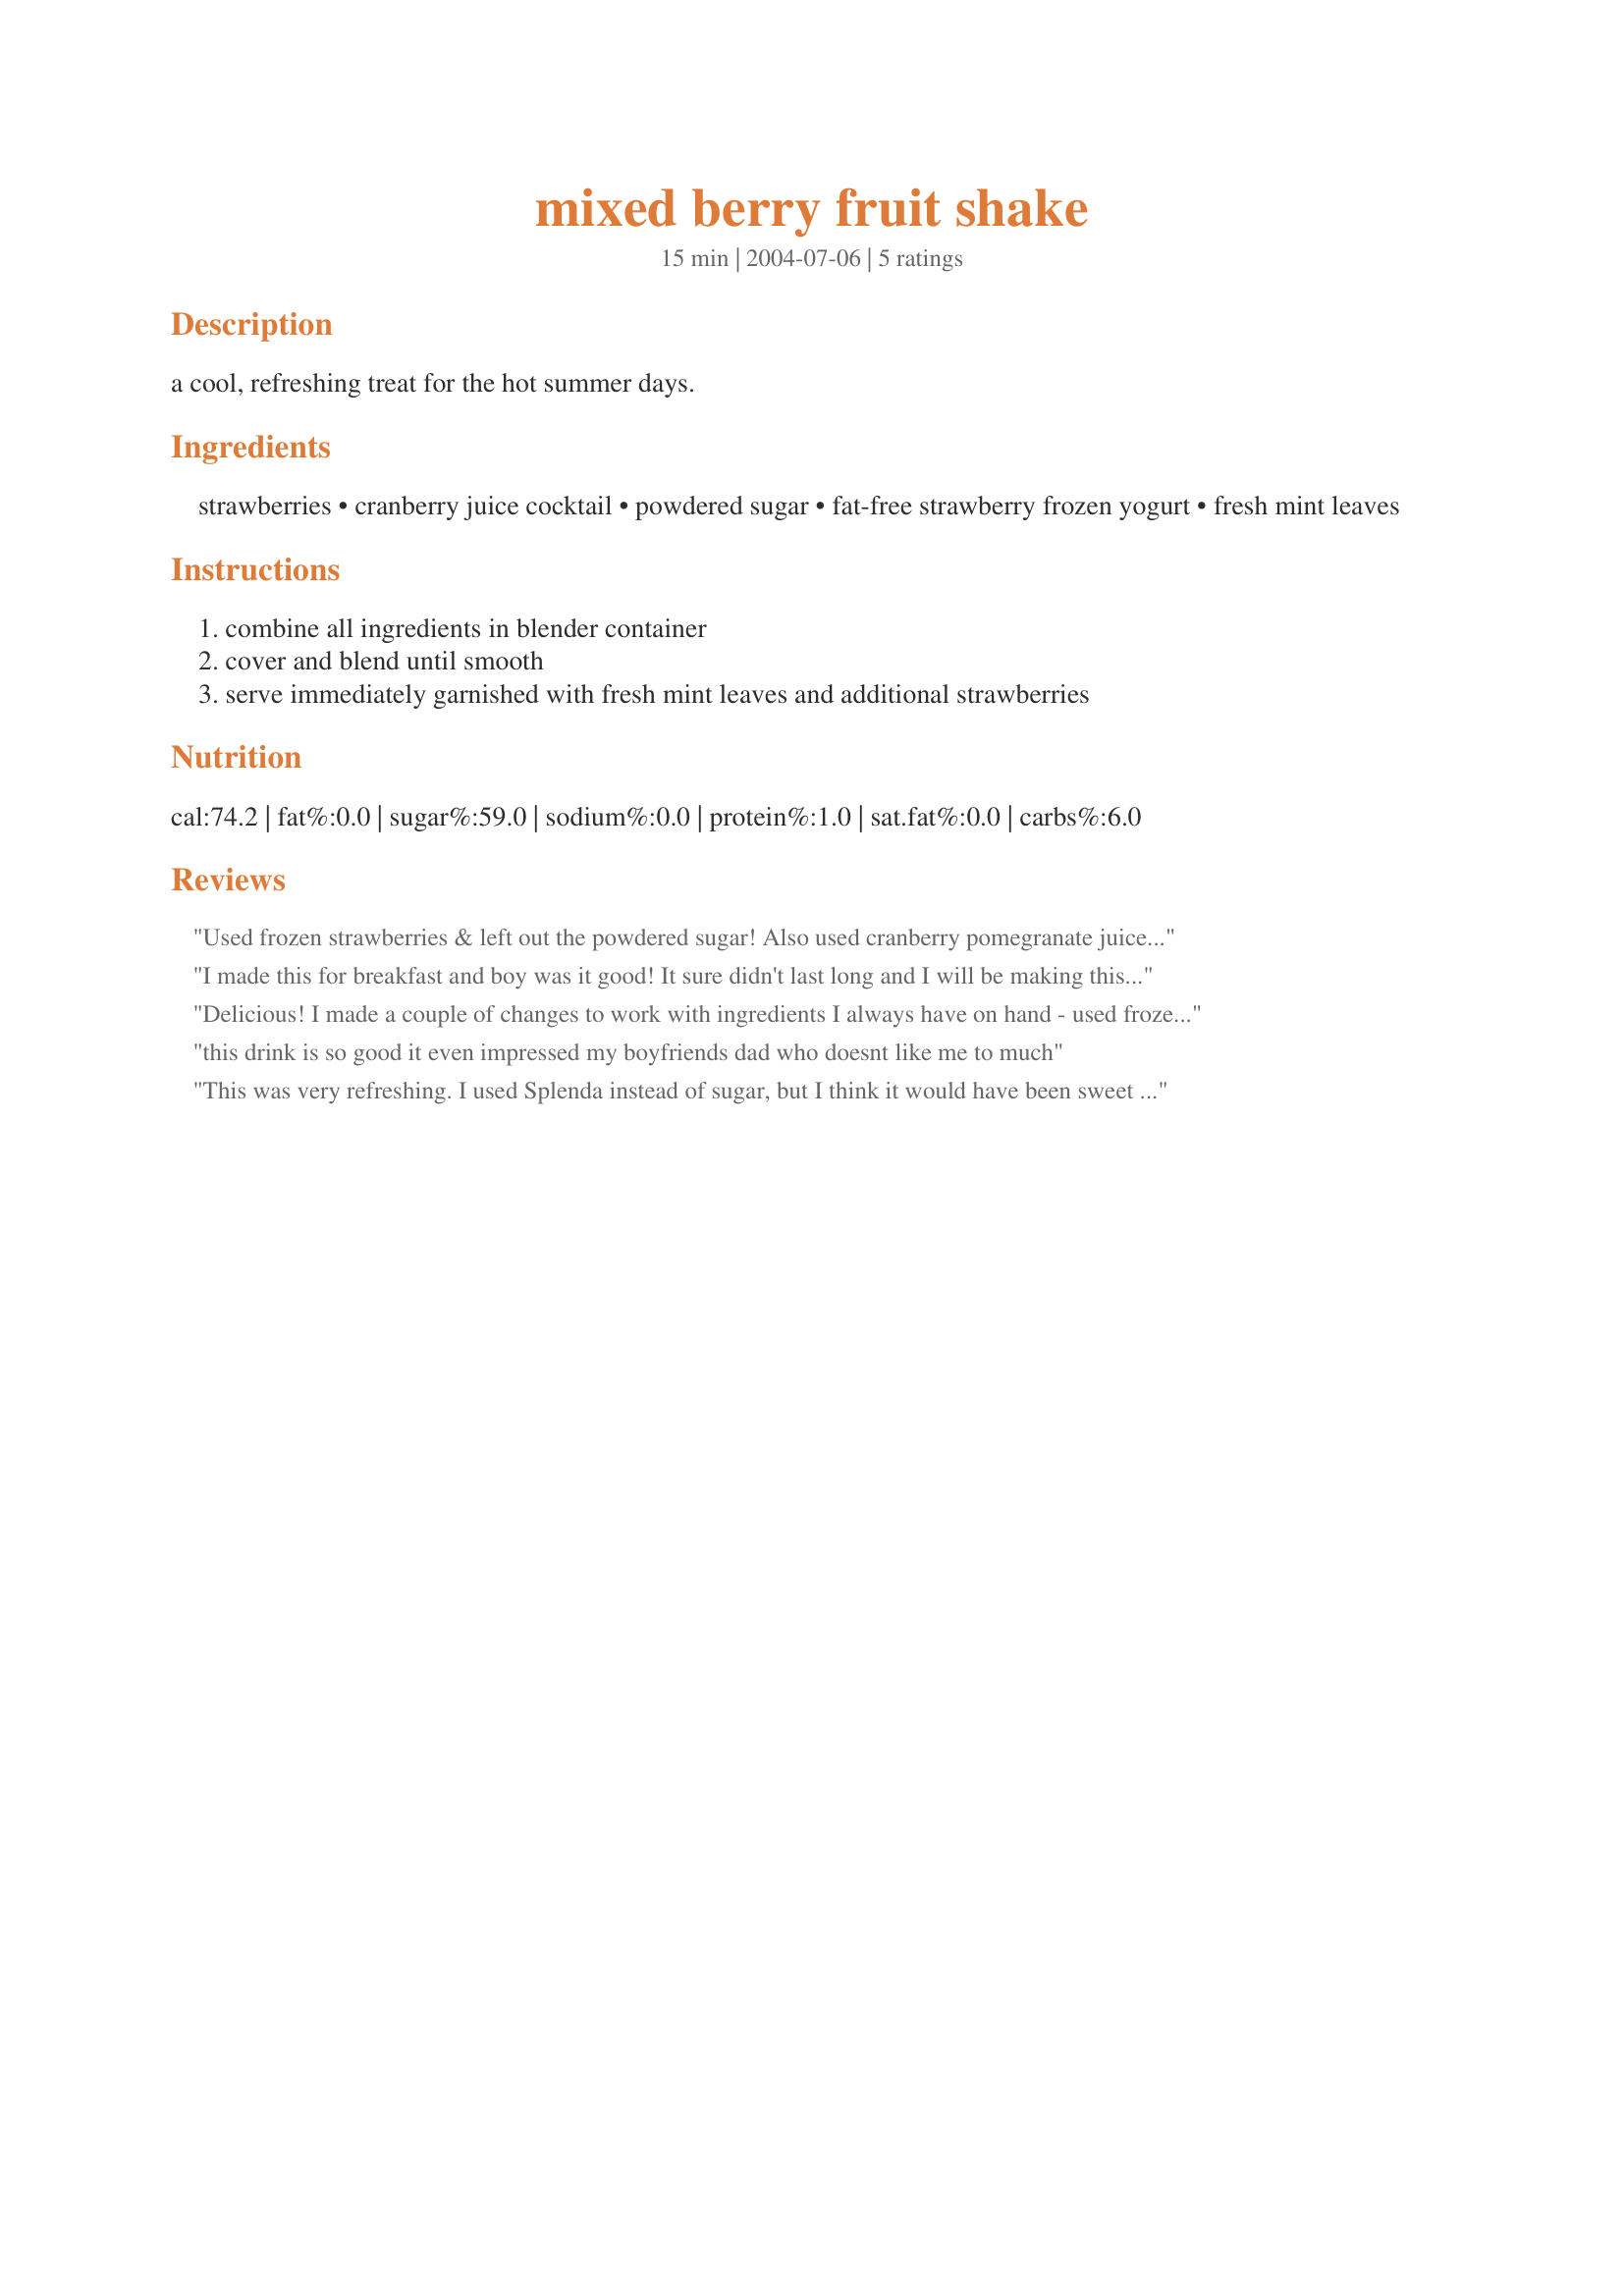
mixed berry fruit shake
Preparation time: 15 minutes

a cool, refreshing treat for the hot summer days.

Ingredients:
strawberries, cranberry juice cocktail, powdered sugar, fat-free strawberry frozen yogurt, fresh mint leaves

Steps:
combine all ingredients in blender container, cover and blend until smooth, serve immediately garnished with fresh mint leaves and additional strawberries

Reviews:
Used frozen strawberries & left out the powdered sugar! Also used cranberry pomegranate juice, all for a wonderfully tasty shake! Very, very nice, & a recipe keeper, this is, for sure! Thanks for sharing it! [Made & reviewed as a THANK YOU for completing the Baker's Dozen Special in this fall's round of Pick A Chef]
I made this for breakfast and boy was it good! It sure didn't last long and I will be making this again thats for sure. The cranberry juice gives it a extra kick. Thanks for a great recipe PaulaG
Delicious! I made a couple of changes to work with ingredients I always have on hand - used frozen strawberries instead of fresh, but used regular yogurt instead of frozen. Also, I skipped the sugar - it was a little tart, but we loved it, so I think it's fine with or without the sugar. An easy, filling, and healthy treat; the kids and I will be enjoying this one again!
this drink is so good it even impressed my boyfriends dad who doesnt like me to much
This was very refreshing. I used Splenda instead of sugar, but I think it would have been sweet enough with out added sweetener. I used no-added sugar frozen yogurt, to make this more diabetic-friendly. Thanks for posting this!
